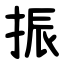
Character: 振